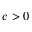
c > 0